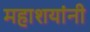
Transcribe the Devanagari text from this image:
महाशयांनी